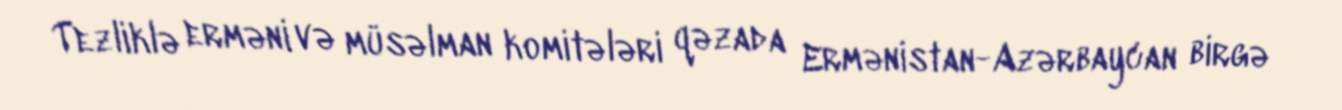
Tezliklə erməni və müsəlman komitələri qəzada Ermənistan-Azərbaycan birgə